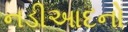
નડીઆદનો